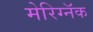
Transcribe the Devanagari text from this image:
मेरिग्नॅक